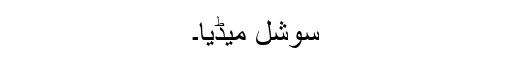
سوشل میڈیا۔